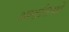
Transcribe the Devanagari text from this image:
आढ़तियों